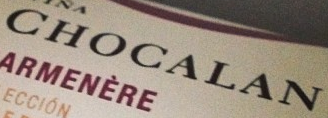
CHOCALAN